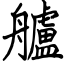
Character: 艫